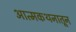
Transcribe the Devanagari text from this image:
आत्मकथनातून